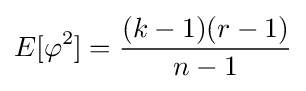
E[\varphi ^{2}]={\frac {(k-1)(r-1)}{n-1}}